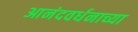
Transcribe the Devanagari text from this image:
आनंदवर्धनाच्या